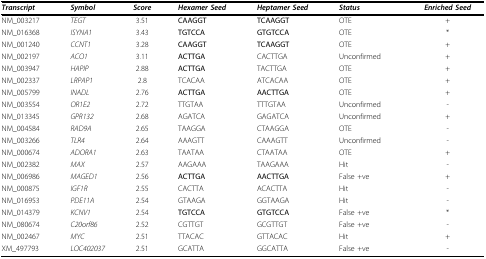
| Transcript | Symbol | Score | Hexamer Seed | Heptamer Seed | Status | Enriched Seed |
 | --- | --- | --- | --- | --- | --- | --- |
 | NM_003217 | TEGT | 3.51 | CAAGGT | TCAAGGT | OTE | + |
 | NM_016368 | ISYNA1 | 3.43 | TGTCCA | GTGTCCA | OTE | * |
 | NM_001240 | CCNT1 | 3.28 | CAAGGT | TCAAGGT | OTE | + |
 | NM_002197 | ACO1 | 3.11 | ACTTGA | CACTTGA | Unconfirmed | + |
 | NM_003947 | HAPIP | 2.88 | ACTTGA | TACTTGA | OTE | + |
 | NM_002337 | LRPAP1 | 2.8 | TCACAA | ATCACAA | OTE | + |
 | NM_005799 | INADL | 2.76 | ACTTGA | AACTTGA | OTE | + |
 | NM_003554 | OR1E2 | 2.72 | TTGTAA | TTTGTAA | Unconfirmed | - |
 | NM_013345 | GPR132 | 2.68 | AGATCA | GAGATCA | Unconfirmed | + |
 | NM_004584 | RAD9A | 2.65 | TAAGGA | CTAAGGA | OTE | - |
 | NM_003266 | TLR4 | 2.64 | AAAGTT | CAAAGTT | Unconfirmed | - |
 | NM_000674 | ADORA1 | 2.63 | TAATAA | CTAATAA | OTE | + |
 | NM_002382 | MAX | 2.57 | AAGAAA | TAAGAAA | Hit | - |
 | NM_006986 | MAGED1 | 2.56 | ACTTGA | AACTTGA | False +ve | + |
 | NM_000875 | IGF1R | 2.55 | CACTTA | ACACTTA | Hit | - |
 | NM_016953 | PDE11A | 2.54 | GTAAGA | GGTAAGA | Hit | - |
 | NM_014379 | KCNV1 | 2.54 | TGTCCA | GTGTCCA | False +ve | * |
 | NM_080674 | C20orf86 | 2.52 | CGTTGT | GCGTTGT | False +ve | - |
 | NM_002467 | MYC | 2.51 | TTACAC | GTTACAC | Hit | + |
 | XM_497793 | LOC402037 | 2.51 | GCATTA | GGCATTA | False +ve | - |